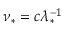
\nu _ { \ast } = c \lambda _ { \ast } ^ { - 1 }